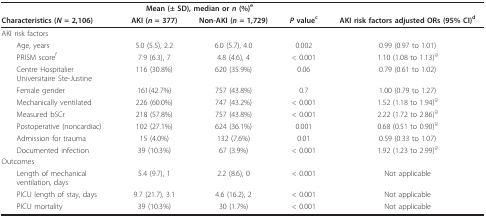
|  | <COLSPAN=2> Mean (± SD), median or n (%)e |  |  |
 | Characteristics (N = 2,106) | AKI (n = 377) | Non-AKI (n = 1,729) | P valuec | AKI risk factors adjusted ORs (95% CI)d |
 | --- | --- | --- | --- | --- |
 | AKI risk factors |  |  |  |  |
 | Age, years | 5.0 (5.5), 2.2 | 6.0 (5.7), 4.0 | 0.002 | 0.99 (0.97 to 1.01) |
 | PRISM scoref | 7.9 (6.3), 7 | 4.8 (4.6), 4 | < 0.001 | 1.10 (1.08 to 1.13)g |
 | Centre HospitalierUniversitaire Ste-Justine | 116 (30.8%) | 620 (35.9%) | 0.06 | 0.79 (0.61 to 1.02) |
 | Female gender | 161(42.7%) | 757 (43.8%) | 0.7 | 1.00 (0.79 to 1.27) |
 | Mechanically ventilated | 226 (60.0%) | 747 (43.2%) | < 0.001 | 1.52 (1.18 to 1.94)g |
 | Measured bSCr | 218 (57.8%) | 757 (43.8%) | < 0.001 | 2.22 (1.72 to 2.86)g |
 | Postoperative (noncardiac) | 102 (27.1%) | 624 (36.1%) | 0.001 | 0.68 (0.51 to 0.90)g |
 | Admission for trauma | 15 (4.0%) | 132 (7.6%) | 0.01 | 0.59 (0.33 to 1.07) |
 | Documented infection | 39 (10.3%) | 67 (3.9%) | < 0.001 | 1.92 (1.23 to 2.99)g |
 | Outcomes |  |  |  |  |
 | Length of mechanicalventilation, days | 5.4 (9.7), 1 | 2.2 (8.6), 0 | < 0.001 | Not applicable |
 | PICU length of stay, days | 9.7 (21.7), 3.1 | 4.6 (16.2), 2 | < 0.001 | Not applicable |
 | PICU mortality | 39 (10.3%) | 30 (1.7%) | < 0.001 | Not applicable |